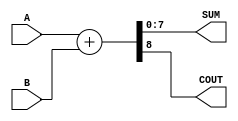
module ParameterizedAdder #(
    parameter WIDTH = 8  // Default bit-width is set to 8
)(
    input  wire [WIDTH-1:0] A,      // First input operand
    input  wire [WIDTH-1:0] B,      // Second input operand
    output wire [WIDTH-1:0] SUM,     // Result of the addition
    output wire COUT                 // Carry out signal
);

    // Behavioral Logic: Perform addition
    assign {COUT, SUM} = A + B;

endmodule